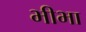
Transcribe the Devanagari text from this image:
भीभा